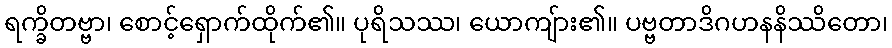
ရက္ခိတဗ္ဗာ၊ စောင့်ရှောက်ထိုက်၏။ ပုရိသဿ၊ ယောကျ်ား၏။ ပဗ္ဗတာဒိဂဟနနိဿိတော၊